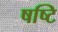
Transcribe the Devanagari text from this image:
षष्टि